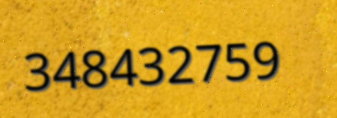
348432759